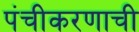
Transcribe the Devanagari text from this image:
पंचीकरणाची